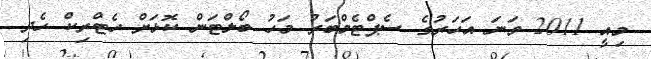
މިއީ 2011 ވަނަ އަހަރުގެ ސެޕްޓެމްބަރު މަހު ބޯލްޓަން ކޮޅަށް ހެޓްރިކް ހެދި